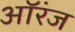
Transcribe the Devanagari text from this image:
ऑरंज